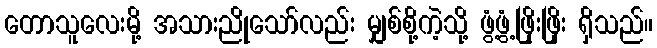
တောသူလေးမို့ အသားညိုသော်လည်း မျှစ်စို့ကဲ့သို့ ဖွံ့ဖွံ့ဖြိုးဖြိုး ရှိသည်။